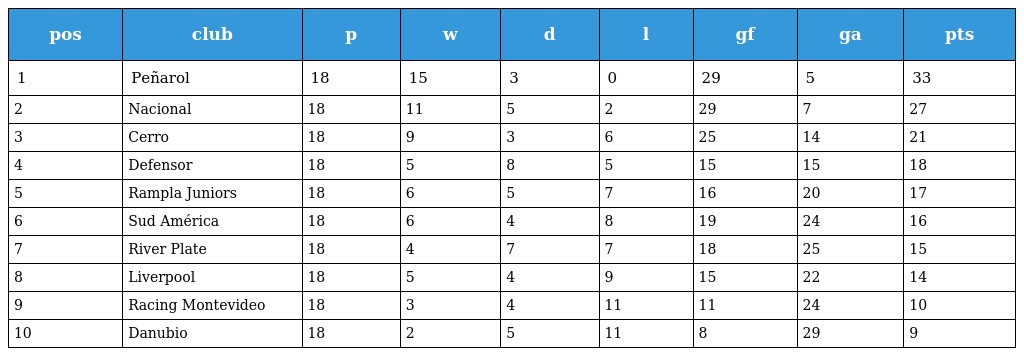
| pos | club | p | w | d | l | gf | ga | pts |
 | --- | --- | --- | --- | --- | --- | --- | --- | --- |
 | 1 | Peñarol | 18 | 15 | 3 | 0 | 29 | 5 | 33 |
 | 2 | Nacional | 18 | 11 | 5 | 2 | 29 | 7 | 27 |
 | 3 | Cerro | 18 | 9 | 3 | 6 | 25 | 14 | 21 |
 | 4 | Defensor | 18 | 5 | 8 | 5 | 15 | 15 | 18 |
 | 5 | Rampla Juniors | 18 | 6 | 5 | 7 | 16 | 20 | 17 |
 | 6 | Sud América | 18 | 6 | 4 | 8 | 19 | 24 | 16 |
 | 7 | River Plate | 18 | 4 | 7 | 7 | 18 | 25 | 15 |
 | 8 | Liverpool | 18 | 5 | 4 | 9 | 15 | 22 | 14 |
 | 9 | Racing Montevideo | 18 | 3 | 4 | 11 | 11 | 24 | 10 |
 | 10 | Danubio | 18 | 2 | 5 | 11 | 8 | 29 | 9 |